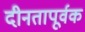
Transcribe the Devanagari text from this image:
दीनतापूर्वक